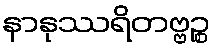
နာနုဿရိတဗ္ဗဉ္စ